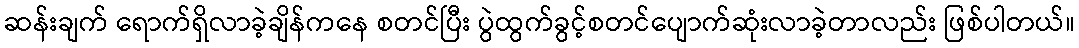
ဆန်းချက် ရောက်ရှိလာခဲ့ချိန်ကနေ စတင်ပြီး ပွဲထွက်ခွင့်စတင်ပျောက်ဆုံးလာခဲ့တာလည်း ဖြစ်ပါတယ်။